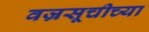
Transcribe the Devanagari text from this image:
वज्रसूचीच्या